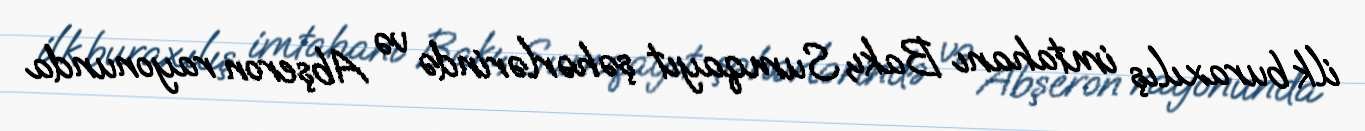
ilk buraxılış imtahanı Bakı, Sumqayıt şəhərlərində və Abşeron rayonunda